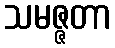
သမဇ္ဇတာ